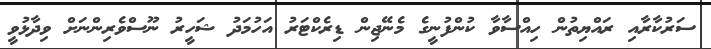
ސަރުކާރާއި ރައްޔިތުން ހިއްސާވާ ކުންފުނީގެ މެނޭޖިން ޑިރެކްޓަރު އަހުމަދު ޝަހީރު ނޫސްވެރިންނަށް ވިދާޅުވީ